Indian Medical Review
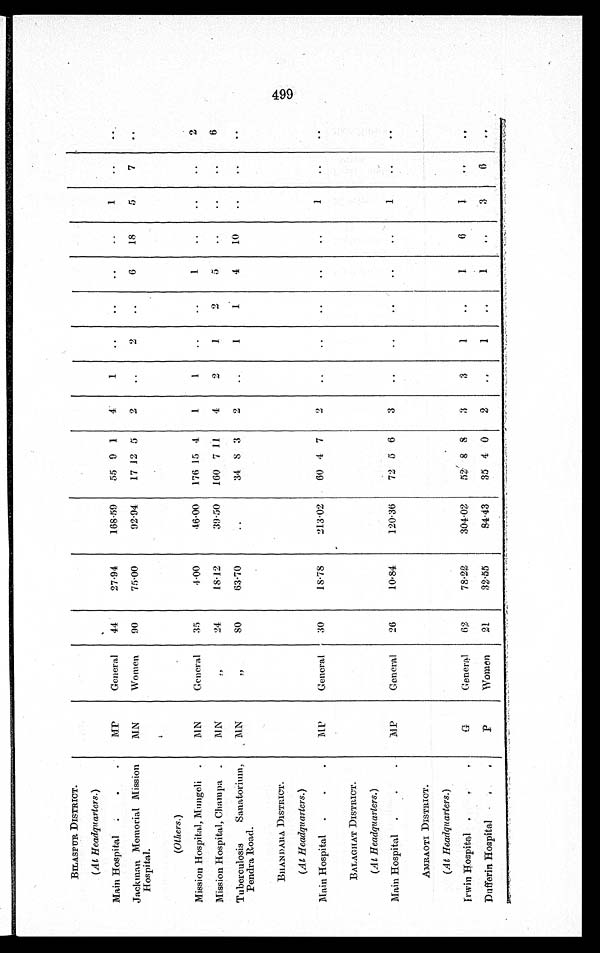
BILASPUR DISTRICT.
(At Headquarters.)
Main Hospital
MP
General
44
27.94
168.59
55 9 1
4
1
. .
. .
..
..
1
..
. .
Jackman Memorial Mission
Hospital.
MN
Women
90
75.00
92.94
17 12 5
2
..
2
..
6
18
5
7
..
(Others.)
Mission Hospital, Mungeli
MN
General
35
4.00
46.00 176 15 4
1
1
..
..
1
..
..
..
2
Mission Hospital, Champa
MN
"
24
18.12
39.50 160 7 11
4
2
1
2
5
..
..
..
6
Tuberculosis
Sanatorium,
Pendra Road.
MN
"
8 0
63.70
..
34 8 3
2
..
1
1
4
10
..
..
. .
BHANDARA DISTRICT.
(At Headquarters.)
Main Hospital
MP
General
30
18.78
213.02
60 4 7
2
..
. .
. .
..
..
1
. .
..
BALAGHAT DISTRICT.
(At Headquarters.)
Main Hospital
MP
General
26
10.84
120.36
72 5 6
3
..
..
..
..
..
1
..
..
AMRAOTI DISTRICT.
(At Headquarters.)
Irwin Hospital
G
General
62
78.22
304.02
52 8 8
3
3
1
..
1
6
1
. .
. .
Dufferin Hospital
P
Woman
21
32.55
84.43
35 4 0
2
. .
1
. .
1
. .
3
6
. .